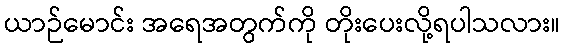
ယာဉ်မောင်း အရေအတွက်ကို တိုးပေးလို့ရပါသလား။